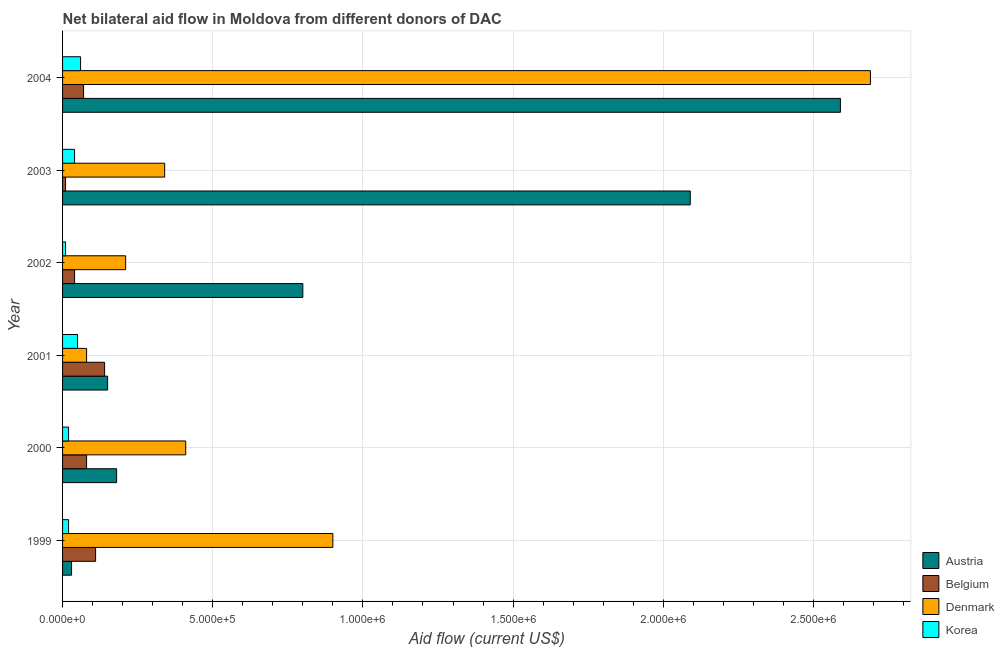
| Year | Austria | Belgium | Denmark | Korea |
 | --- | --- | --- | --- | --- |
 | 1999 | 3e+04 | 1.1e+05 | 9e+05 | 2e+04 |
 | 2000 | 1.8e+05 | 8e+04 | 4.1e+05 | 2e+04 |
 | 2001 | 1.5e+05 | 1.4e+05 | 8e+04 | 5e+04 |
 | 2002 | 8e+05 | 4e+04 | 2.1e+05 | 1e+04 |
 | 2003 | 2.09e+06 | 1e+04 | 3.4e+05 | 4e+04 |
 | 2004 | 2.59e+06 | 7e+04 | 2.69e+06 | 6e+04 |